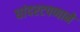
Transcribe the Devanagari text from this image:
धांदरटपणाने